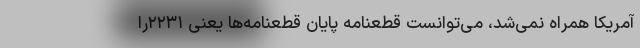
آمریکا همراه نمی‌شد، می‌توانست قطعنامه پایان قطعنامه‌ها یعنی ۲۲۳۱را